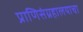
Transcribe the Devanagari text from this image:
प्राणिसंग्रहालयाचा